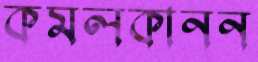
কমলকানন